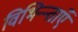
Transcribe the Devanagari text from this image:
विभिन्न्ताएँ